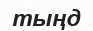
тыңд